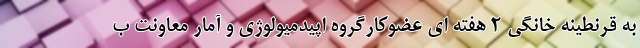
به قرنطینه خانگی 2 هفته ای عضوکارگروه اپیدمیولوژی و آمار معاونت ب